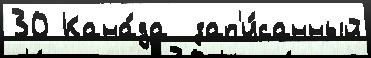
30 Кана́да  зап'и́санный